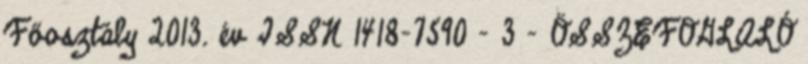
Főosztály 2013. év ISSN 1418-7590 - 3 - ÖSSZEFOGLALÓ